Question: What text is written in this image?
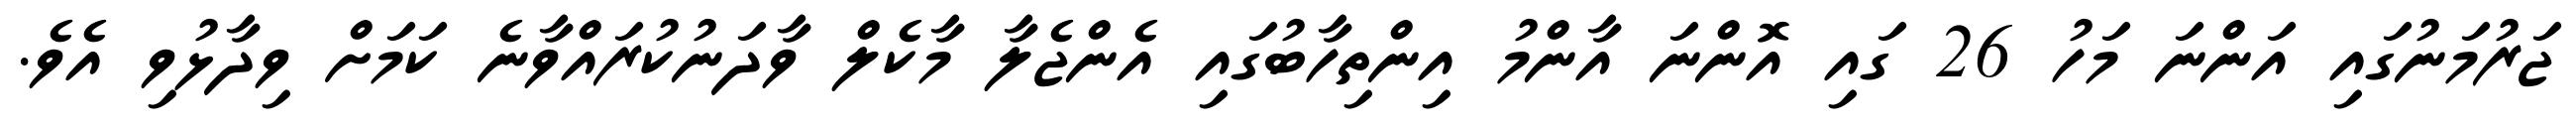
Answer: ޖަރުމަނުގައި އަންނަ މަހު 26 ގައި އޮންނަ އާންމު އިންތިހާބުގައި އެންޖެލާ މާކެލް ވާދަނުކުރައްވާނެ ކަމަށް ވިދާޅުވި އެވެ.